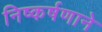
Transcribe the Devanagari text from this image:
निष्कर्षणाने